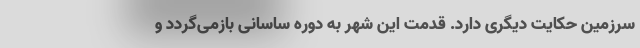
سرزمین حکایت دیگری دارد. قدمت این شهر به دوره ساسانی بازمی‌گردد و